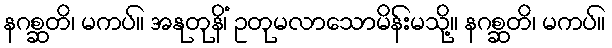
နဂစ္ဆတိ၊ မကပ်။ အနုတုနိံ၊ ဥတုမလာသောမိန်းမသို့။ နဂစ္ဆတိ၊ မကပ်။